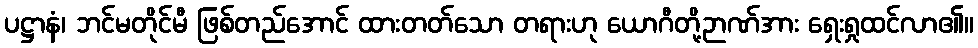
ပဋ္ဌာနံ၊ ဘင်မတိုင်မီ ဖြစ်တည်အောင် ထားတတ်သော တရားဟု ယောဂီတို့ဉာဏ်အား ရှေးရှုထင်လာ၏။